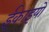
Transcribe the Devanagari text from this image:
ईकाइयो